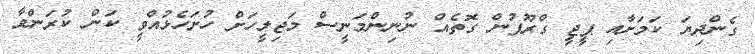
ގެންދިޔަ ކަމަށާއި ޕީޖީ ގްރޫޕުން ގޮތެއް ނުނިންމަނީސް މަޖިލީހަށް ހުށަހެޅުއްވީ ކަން ކުރަންވާ